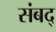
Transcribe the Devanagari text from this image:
संबद्